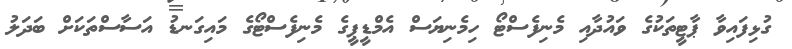
ގުޅިފައިވާ ޕާޓީތަކުގެ ވައުދާއި މެނިފެސްޓޯ ހިމެނިޔަސް އެމްޑީޕީގެ މެނިފެސްޓޯގެ މައިގަނޑު އަސާސްތަކަށް ބަދަލު